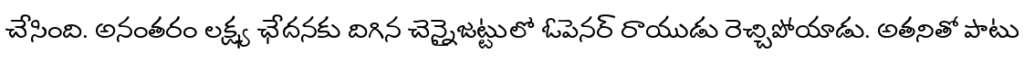
చేసింది. అనంతరం లక్ష్య ఛేదనకు దిగిన చెన్నైజట్టులో ఓపెనర్ రాయుడు రెచ్చిపోయాడు. అతనితో పాటు